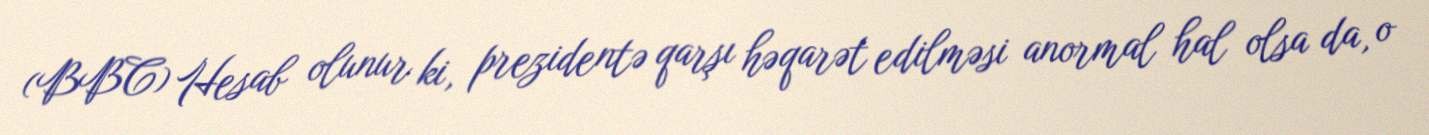
(BBC) Hesab olunur ki, prezidentə qarşı həqarət edilməsi anormal hal olsa da, o